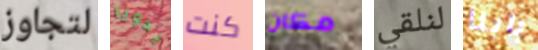
لتجاوز يدويا كنت مكان لنلقي بابنا